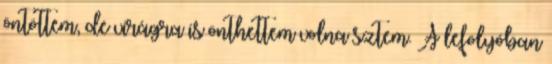
öntöttem, de virágra is önthettem volna sztem. A lefolyóban